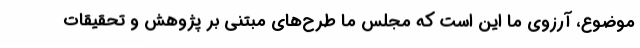
موضوع، آرزوی ما این است که مجلس ما طرح‌های مبتنی بر پژوهش و تحقیقات